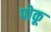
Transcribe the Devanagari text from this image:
पोकू